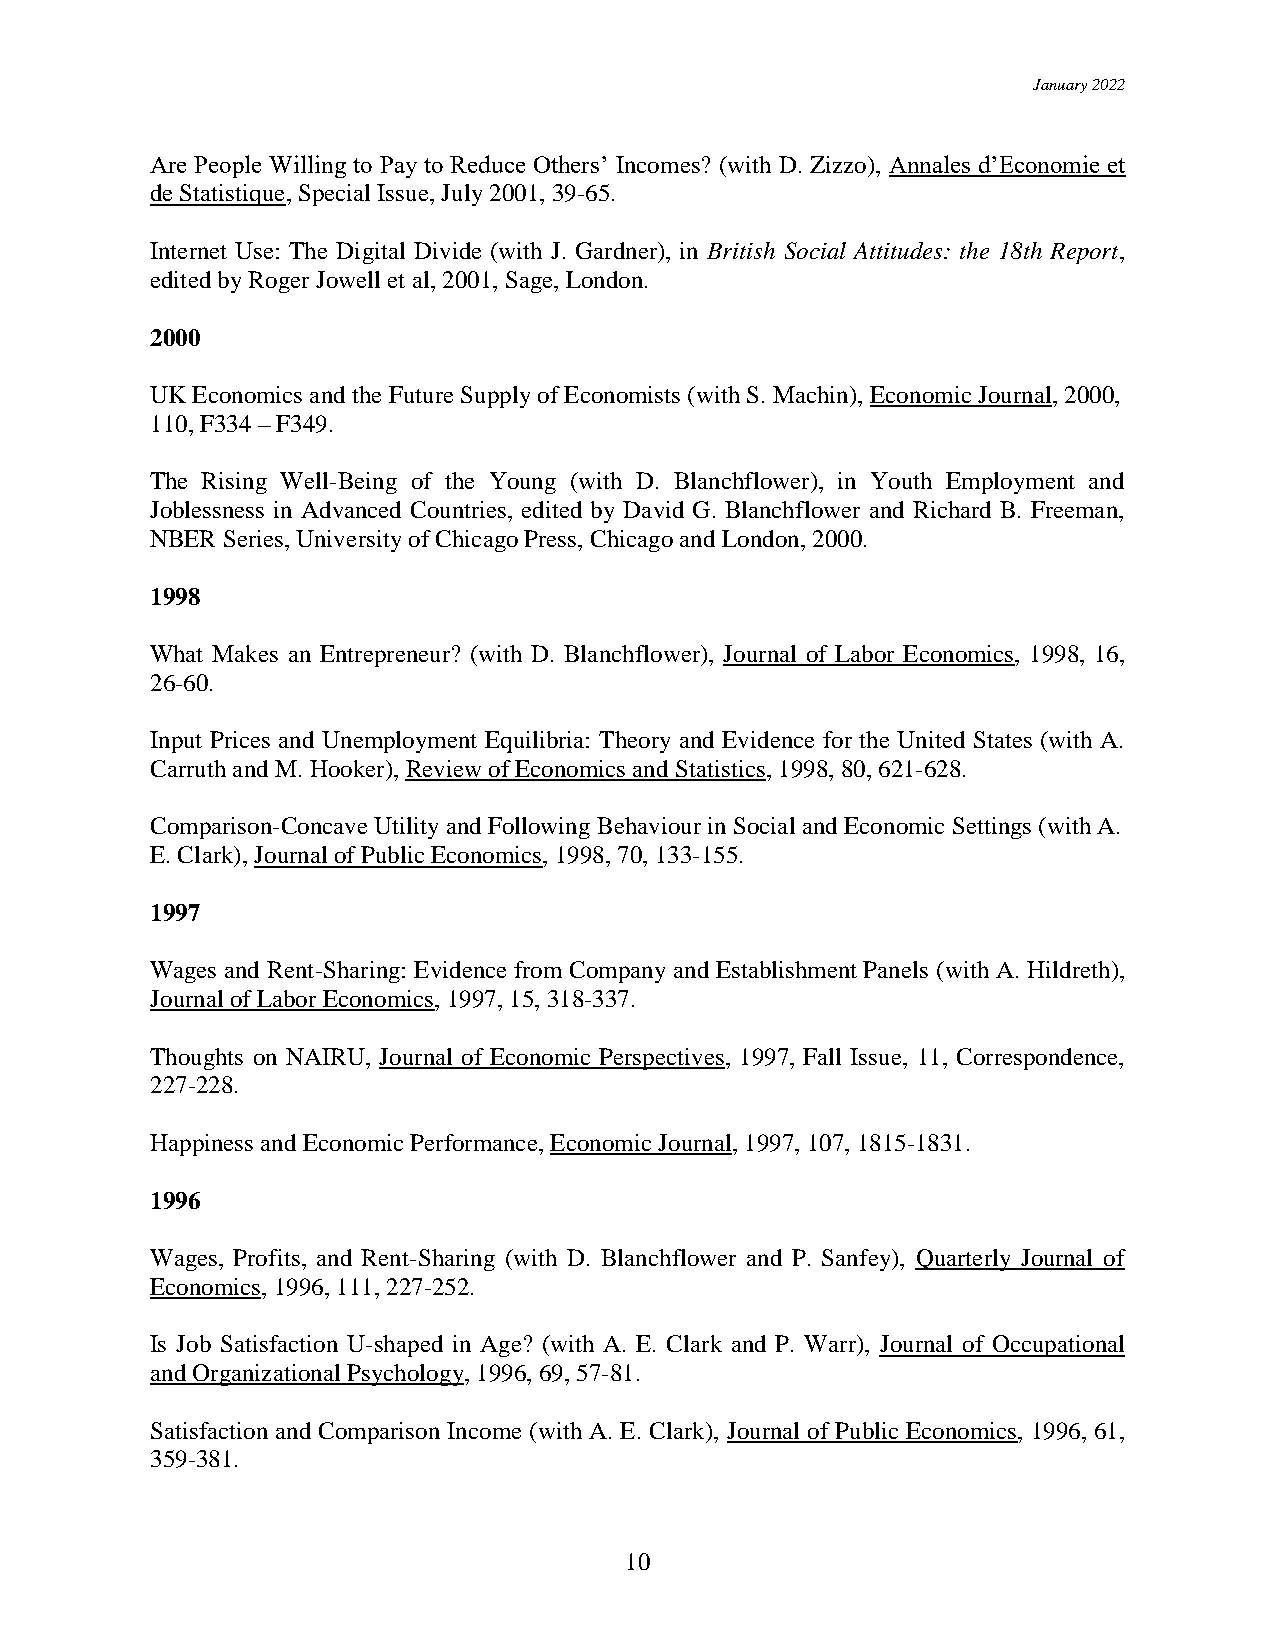
January 2022
 Are People Willing to Pay to Reduce Others’ Incomes? (with D. Zizzo), Annales d’Economie et
 de Statistique, Special Issue, July 2001, 39-65.
 Internet Use: The Digital Divide (with J. Gardner), in British Social Attitudes: the 18th Report,
 edited by Roger Jowell et al, 2001, Sage, London.
 2000
 UK Economics and the Future Supply of Economists (with S. Machin), Economic Journal, 2000,
 110, F334 – F349.
 The Rising Well-Being of the Young (with D. Blanchflower), in Youth Employment and
 Joblessness in Advanced Countries, edited by David G. Blanchflower and Richard B. Freeman,
 NBER Series, University of Chicago Press, Chicago and London, 2000.
 1998
 What Makes an Entrepreneur? (with D. Blanchflower), Journal of Labor Economics, 1998, 16,
 26-60.
 Input Prices and Unemployment Equilibria: Theory and Evidence for the United States (with A.
 Carruth and M. Hooker), Review of Economics and Statistics, 1998, 80, 621-628.
 Comparison-Concave Utility and Following Behaviour in Social and Economic Settings (with A.
 E. Clark), Journal of Public Economics, 1998, 70, 133-155.
 1997
 Wages and Rent-Sharing: Evidence from Company and Establishment Panels (with A. Hildreth),
 Journal of Labor Economics, 1997, 15, 318-337.
 Thoughts on NAIRU, Journal of Economic Perspectives, 1997, Fall Issue, 11, Correspondence,
 227-228.
 Happiness and Economic Performance, Economic Journal, 1997, 107, 1815-1831.
 1996
 Wages, Profits, and Rent-Sharing (with D. Blanchflower and P. Sanfey), Quarterly Journal of
 Economics, 1996, 111, 227-252.
 Is Job Satisfaction U-shaped in Age? (with A. E. Clark and P. Warr), Journal of Occupational
 and Organizational Psychology, 1996, 69, 57-81.
 Satisfaction and Comparison Income (with A. E. Clark), Journal of Public Economics, 1996, 61,
 359-381.
 10